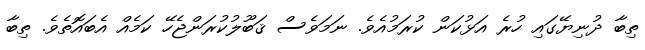
ތިބާ ދުނިޔޭގައި ހުރެ އަޅުކަން ކުރަމުއެވެ. ނަމަވެސް ޤަބޫލުކުރަންޖެހޭ ކަމެއް އެބައޮތެވެ. ތިބާ